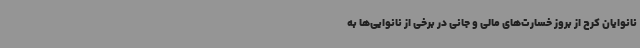
نانوایان کرج از بروز خسارت‌های مالی و جانی در برخی از نانوایی‌ها به